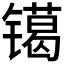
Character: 𰾿